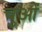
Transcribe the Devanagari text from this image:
चुओं